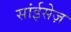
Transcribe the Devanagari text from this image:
सांईसेज़